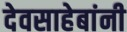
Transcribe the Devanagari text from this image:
देवसाहेबांनी